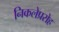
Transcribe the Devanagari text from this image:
निकलेप्ररोह